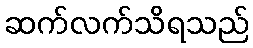
ဆက်လက်သိရသည်